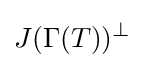
J(\Gamma (T))^{\bot }